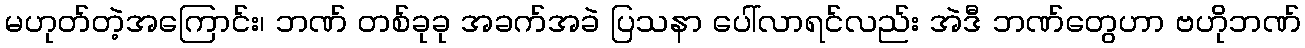
မဟုတ်တဲ့အကြောင်း၊ ဘဏ် တစ်ခုခု အခက်အခဲ ပြသနာ ပေါ်လာရင်လည်း အဲဒီ ဘဏ်တွေဟာ ဗဟိုဘဏ်